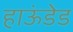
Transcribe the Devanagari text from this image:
हाऊंडेड